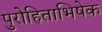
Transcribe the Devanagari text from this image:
पुरोहिताभिषेक